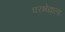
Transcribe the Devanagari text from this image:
घरभेद्याला